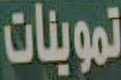
تموينات